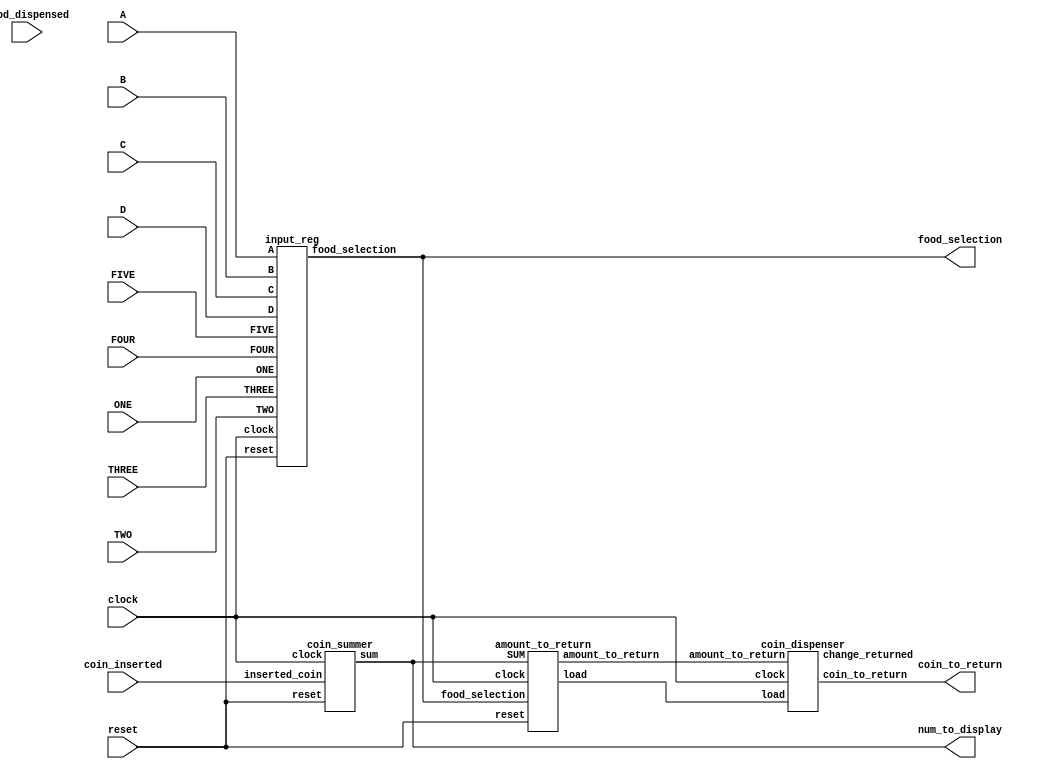
//////////////////////////////////////////////////////////////////////////////////////////////////////////////////////
// ECE 6710 VLSI Project: Vending Machine Controller
// Student: Braden Brown
//
// Description: This code represents the implementation of a Vending Machine controller. 
// The vending machine will have 5 functions: 
// 1. Reading the users selection 
// 2. Counting coins and displaying current values on a BCD display 
// 3. Dispensing food selection after checking correct amount of money is deposited 
// 4. Checking if the food has been dispensed (assuming a pressure sensor is connected to the controller) 
//    and dispensing until the food has been released 
// 5. Dispensing change after food has been released. 
// 
// I will also assume that the vending machine has 4 rows with 5 options on each row making a possible 20 selections. 
// Each selection will have two identifiers a row identifier (A, B, C, D) and a column identifier (1, 2, 3, 4, 5) 
// with each row having a different price. 
///////////////////////////////////////////////////////////////////////////////////////////////////////////////////
module vending_machine(clock, reset, A,B,C,D,ONE,TWO,THREE,FOUR,FIVE, food_dispensed, coin_inserted, num_to_display, food_selection, coin_to_return);

input clock, reset, A, B, C, D, ONE, TWO, THREE, FOUR, FIVE, food_dispensed;
input [2:0] coin_inserted;

output wire [2:0] coin_to_return;
output wire [4:0] food_selection;
output wire [9:0] num_to_display;

wire load_wire, change_returned_wire;
wire [4:0] food_selection_wire;
wire [9:0] SUM_wire, return_amount_wire;

input_reg user_input(.clock(clock), .reset(reset), 
								.A(A), .B(B), .C(C), .D(D), 
								.ONE(ONE), .TWO(TWO), .THREE(THREE), .FOUR(FOUR), .FIVE(FIVE),
								.food_selection(food_selection_wire));

vending_machine_FSM FSM(.clock(clock), .reset(reset), 
								.change_returned(change_returned_wire),  
								.food_dispensed(food_dispensed), 
								.SUM(SUM_wire), 
								.food_selection(food_selection_wire));
    
coin_summer coins(.clock(clock), .reset(reset), .inserted_coin(coin_inserted), .sum(SUM_wire));

amount_to_return value(.clock(clock), .reset(reset), .SUM(SUM_wire), .load(load_wire), 
							  .food_selection(food_selection_wire), .amount_to_return(return_amount_wire));

coin_dispenser returns(.clock(clock), .load(load_wire), .amount_to_return(return_amount_wire), 
								.coin_to_return(coin_to_return), .change_returned(change_returned_wire));


assign num_to_display = SUM_wire;
assign food_selection = food_selection_wire;
								
endmodule 

module vending_machine_FSM(clock, reset, change_returned, food_dispensed, SUM, food_selection);

input clock, reset, food_dispensed, change_returned;
input [9:0] SUM;


input [4:0] food_selection;


parameter [2:0] collecting = 3'b000, dispenseA = 3'b001, dispenseB = 3'b010 , dispenseC = 3'b011 , dispenseD =3'b100 , dispenseChange = 3'b101, dispenseFood = 3'b110; 
parameter [4:0] base = 5'b0, A1 =5'b00001 , A2 = 5'b00010, A3 = 5'b00011 , A4 = 5'b00100 , A5 = 5'b00101, B1 = 5'b00110, B2 = 5'b00111, B3 = 5'b01000, B4 = 5'b01001, B5 = 5'b01010, C1 = 5'b01011, C2 = 5'b01100, C3 = 5'b01101, C4 = 5'b01110, C5 = 5'b01111, D1 = 5'b10000, D2 = 5'b10001, D3 = 5'b10010, D4 = 5'b10011, D5 = 5'b10100;

reg [2:0] ps, ns;

always@(posedge clock, posedge reset) begin

    if(reset) begin
       
		 ps <= dispenseChange;
    
	 end
    else begin
	    
		 ps <= ns;
    
	 end

end

always@(SUM, change_returned, food_selection, food_dispensed, ps) begin 

	case (ps)
		
		collecting: 
					
					if(SUM > 0) begin
						if(SUM >= 100 && SUM <125) begin
									ns <= dispenseA;
							end
						else if (SUM >= 125 && SUM <150) begin
									ns <= dispenseB;
						end
						else if (SUM >= 150 && SUM <175)begin
									ns <= dispenseC;
						end
						else if (SUM >= 175) begin
									ns <= dispenseD;
						end
						else begin
									ns <= collecting;
						end
					end
					else begin
							ns <= collecting;					
					end
		dispenseA: if(food_selection ==A1 || food_selection ==A2 || food_selection ==A3 || food_selection ==A4 || food_selection ==A5) begin

									 ns <= dispenseFood;

                 end     
					  else begin
                        if (SUM >= 125 && SUM <150) begin
									 ns <= dispenseB;
								end
                        else if (SUM >= 150 && SUM <175) begin
									 ns <= dispenseC;
								end
                        else if (SUM >= 175)
                        begin
                            ns <= dispenseD;
                        end
                        else begin
                            ns <= dispenseA;
                        end
					  end
		
        dispenseB: if(food_selection ==A1 || food_selection ==A2 || food_selection ==A3 || food_selection ==A4 || food_selection ==A5) begin

								    ns <= dispenseFood;
                   end
                      
					else if(food_selection ==B1 || food_selection ==B2 || food_selection ==B3 || food_selection ==B4 || food_selection ==B5) begin

                            ns <= dispenseFood;
               end
               else begin
                        if (SUM >= 150 && SUM <175) begin
									 ns <= dispenseC;
								end
                        else if (SUM >= 175) begin
                            ns <= dispenseD;
                        end
                        else begin
                            ns <= dispenseB;
                        end
					end
		
        dispenseC: if(food_selection ==A1 || food_selection ==A2 || food_selection ==A3 || food_selection ==A4 || food_selection ==A5) begin

								    ns <= dispenseFood;
                   end
                      
					else if(food_selection ==B1 || food_selection ==B2 || food_selection ==B3 || food_selection ==B4 || food_selection ==B5) begin

                            ns <= dispenseFood;
               end
               else if(food_selection ==C1 || food_selection ==C2 || food_selection ==C3 || food_selection ==C4 || food_selection ==C5) begin
									 
									 ns <= dispenseFood;

                end
                else begin
                        if (SUM >= 175) begin
                            ns <= dispenseD;
                        end
                        else begin
                            ns <= dispenseC;
                        end
					 end 
        dispenseD: if(food_selection ==A1 || food_selection ==A2 || food_selection ==A3 || food_selection ==A4 || food_selection ==A5) begin

								    ns <= dispenseFood;
                   end
                      
					else if(food_selection ==B1 || food_selection ==B2 || food_selection ==B3 || food_selection ==B4 || food_selection ==B5) begin

                            ns <= dispenseFood;
               end
               else if(food_selection ==C1 || food_selection ==C2 || food_selection ==C3 || food_selection ==C4 || food_selection ==C5) begin
									 
									 ns <= dispenseFood;
               end
					else if(food_selection ==D1 || food_selection ==D2 || food_selection ==D3 || food_selection ==D4 || food_selection ==D5) begin

									 ns <= dispenseFood;

               end
               else begin
                        
								ns <= dispenseD;
					end

		dispenseFood: if(food_dispensed) begin
								ns <= dispenseChange;
					end
					else begin
								ns <= dispenseFood;
					end
		dispenseChange: 
					if(SUM == 10'b0) begin
								ns <= collecting;
					end
					else begin
								if(change_returned == 0) begin
									ns <= dispenseChange;
								end
								else begin
									ns <= collecting;									
								end
					end
	    default: ns <= dispenseChange;

	endcase

end

endmodule 

module coin_summer(clock, reset, inserted_coin, sum);

input reset;
input clock;
input [2:0] inserted_coin;

output reg [9:0] sum;

always@(posedge clock, posedge reset) begin

    if(reset) begin
        sum <= 10'b0000000000;
    end
    else begin
		case (inserted_coin)

        3'b000: sum <= sum + 10'b0;
        3'b001: sum <= sum + 10'b1;
        3'b010: sum <= sum + 10'b101;
        3'b011: sum <= sum + 10'b1010;
        3'b100: sum <= sum + 10'b11001;
        3'b101: sum <= sum + 10'b110010;
        3'b110: sum <= sum + 10'b1100100;
        
        default: sum <= 10'b0;
        
		endcase
    end
end


endmodule

module coin_dispenser(clock, load, amount_to_return, coin_to_return, change_returned);

input clock, load;
input [9:0] amount_to_return;

output reg change_returned;
output reg [2:0] coin_to_return;

reg [9:0] amount_left;

reg count;


always@(posedge clock) begin
    
	 if(load == 1'b1) begin
        
        amount_left <= amount_to_return;
        coin_to_return <= 3'b0;
		  change_returned <= 1'b0;
    
    end
    else begin 
		     
			  if(amount_left == 0) begin
				  
					coin_to_return <= 3'b0;
					amount_left  <= 10'b0;
					change_returned <= 1'b1;
			  
			  end
			  else if(amount_left >= 10'b1 && amount_left < 10'b101) begin
			  
					coin_to_return <= 3'b001;
					amount_left <= amount_left - 10'b1;
					change_returned <= 1'b0;
			  
			  end
			  else if(amount_left >=10'b101 && amount_left < 10'b1010 ) begin
		 
					coin_to_return <= 3'b010;
					amount_left <= amount_left - 10'b101;
					change_returned <= 1'b0;
	
			  end
			  else if(amount_left >=10'b1010 && amount_left < 10'b11001 ) begin
		 
					coin_to_return <= 3'b011;
					amount_left <= amount_left - 10'b1010;
					change_returned <= 1'b0;
	
			  end
			  else if(amount_left >=10'b11001 && amount_left < 10'b110010 ) begin
		 
					coin_to_return <= 3'b100;
					amount_left <= amount_left - 10'b11001;
					change_returned <= 1'b0;
	
			  end
			  else if(amount_left >=10'b110010 && amount_left < 10'b1100100 ) begin
		 
					coin_to_return <= 3'b101;
					amount_left <= amount_left - 10'b110010;
					change_returned <= 1'b0;
	
			  end
			  else if(amount_left >= 10'b1100100 && amount_left <= 10'b1111100111)begin
		 
					coin_to_return <= 3'b110;
					amount_left <= amount_left - 10'b1100100;
					change_returned <= 1'b0;
	
			  end
			  else begin
					coin_to_return <= 3'b000;
					amount_left <= 10'b0;
					change_returned <= 1'b1;
			  end
    end

end

endmodule 

module amount_to_return(clock, reset, load, SUM, food_selection, amount_to_return);

input clock, reset;
input [4:0] food_selection;
input [9:0] SUM;

output reg [9:0] amount_to_return;
output reg load;

parameter [4:0] base = 5'b0, A1 =5'b00001 , A2 = 5'b00010, A3 = 5'b00011 , A4 = 5'b00100 , A5 = 5'b00101, B1 = 5'b00110, B2 = 5'b00111, B3 = 5'b01000, B4 = 5'b01001, B5 = 5'b01010, C1 = 5'b01011, C2 = 5'b01100, C3 = 5'b01101, C4 = 5'b01110, C5 = 5'b01111, D1 = 5'b10000, D2 = 5'b10001, D3 = 5'b10010, D4 = 5'b10011, D5 = 5'b10100;

always@(posedge clock) begin

if(reset) begin

	if(amount_to_return - 10'b1100100 == 0 || amount_to_return - 10'b1111101 == 0 || amount_to_return - 10'b10010110 == 0 || amount_to_return - 10'b10101111 == 0)begin
			amount_to_return <= 10'b0;
			load <= 1'b1;
	end
	else begin
		amount_to_return <= 10'b0;
		load <= 1'b0;
	end

end
else begin

	if(SUM <= 0) begin
	
		amount_to_return <= 10'b0;
		load <= 1'b0;
	
	end
	else begin
		
		if(food_selection == base) begin
		
			amount_to_return <= SUM;
			load <= 1'b1;
		
		end
		
		else if(food_selection == A1 || food_selection == A2 || food_selection == A3 || food_selection == A4 ||food_selection == A5) begin
			
			amount_to_return <= SUM - 10'b0001100100;
			load <= 1'b1;
		
		end
		
		else if(food_selection == B1 || food_selection == B2 || food_selection == B3 || food_selection == B4 ||food_selection == B5) begin
		
			amount_to_return <= SUM - 10'b0001111101;
			load <= 1'b1;
		
		end
		
		else if(food_selection == C1 || food_selection == C2 || food_selection == C3 || food_selection == C4 ||food_selection == C5) begin
		
			amount_to_return <= SUM - 10'b0010010110;
			load <= 1'b1;
		
		end
		
		else if(food_selection == D1 || food_selection == D2 || food_selection == D3 || food_selection == D4 ||food_selection == D5) begin
		
			amount_to_return <= SUM - 10'b0010101111;
			load <= 1'b1;
		
		end
		else begin
		
			amount_to_return <= amount_to_return;
			load <= 1'b1;
		
		end
	end

end

end

endmodule 

module input_reg(clock, reset, A, B, C, D, ONE, TWO, THREE, FOUR, FIVE, food_selection);

input clock, reset, A, B, C, D, ONE, TWO, THREE, FOUR, FIVE;

output reg [4:0] food_selection;

parameter [4:0] base = 5'b0, A1 =5'b00001 , A2 = 5'b00010, A3 = 5'b00011 , A4 = 5'b00100 , A5 = 5'b00101, B1 = 5'b00110, B2 = 5'b00111, B3 = 5'b01000, B4 = 5'b01001, B5 = 5'b01010, C1 = 5'b01011, C2 = 5'b01100, C3 = 5'b01101, C4 = 5'b01110, C5 = 5'b01111, D1 = 5'b10000, D2 = 5'b10001, D3 = 5'b10010, D4 = 5'b10011, D5 = 5'b10100;

always@(posedge clock) begin

if(reset) begin

	food_selection <= base;
	
end
else begin

	 if(A && ONE || A && TWO || A && THREE || A && FOUR || A && FIVE) begin
		if(A && ONE) begin						 				  
			food_selection <= A1; 
      end
      else if(A && TWO) begin
			food_selection <= A2; 
      end
      else if(A && THREE) begin                          
			food_selection <= A3; 

      end
      else if(A && FOUR) begin                         
			food_selection <= A4; 
         end
      else begin                           
			food_selection <= A5; 
      end
	 end
	 else if(B && ONE || B && TWO || B && THREE || B && FOUR || B && FIVE) begin
		if(B && ONE) begin						 				  
			food_selection <= B1; 
      end
      else if(B && TWO) begin
			food_selection <= B2; 
      end
      else if(B && THREE) begin                          
			food_selection <= B3;

      end
      else if(B && FOUR) begin                         
			food_selection <= B4; 
         end
      else begin                           
			food_selection <= B5;
      end
	 end
	 else if(C && ONE || C && TWO || C && THREE || C && FOUR || C && FIVE) begin
		if(C && ONE) begin						 				  
			food_selection <= C1; 
      end
      else if(C && TWO) begin
			food_selection <= C2; 
      end
      else if(C && THREE) begin                          
			food_selection <= C3;

      end
      else if(C && FOUR) begin                         
			food_selection <= C4; 
         end
      else begin                           
			food_selection <= C5;
      end
	 end
	 else if(D && ONE || D && TWO || D && THREE || D && FOUR || D && FIVE) begin
		if(D && ONE) begin						 				  
			food_selection <= D1; 
      end
      else if(D && TWO) begin
			food_selection <= D2; 
      end
      else if(D && THREE) begin                          
			food_selection <= D3;

      end
      else if(D && FOUR) begin                         
			food_selection <= D4; 
         end
      else begin                           
			food_selection <= D5;
      end
	 end
end

end


endmodule